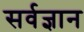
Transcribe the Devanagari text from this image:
सर्वज्ञान